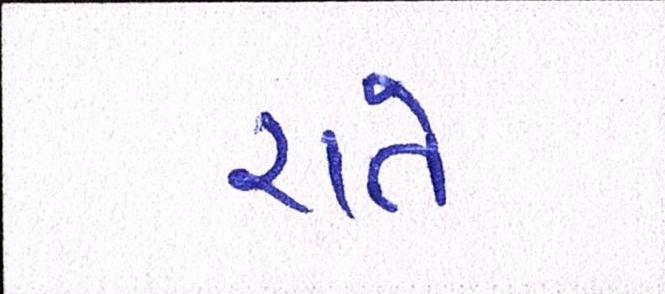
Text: રાતે